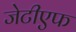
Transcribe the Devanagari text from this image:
जेटीएफ